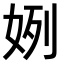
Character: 𫰞